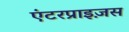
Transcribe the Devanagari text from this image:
एंटरप्राइज़स